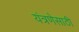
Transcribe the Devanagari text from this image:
यंत्रणेसाठी